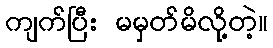
ကျက်ပြီး မမှတ်မိလို့တဲ့။